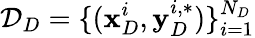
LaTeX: \mathcal{D}_{D}=\{ (\mathbf{x}_{D}^{i},\mathbf{y}_{D}^{i,*})\} _{i=1}^{N_{D}}